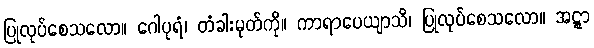
ပြုလုပ်စေသလော။ ဂေါပုရံ၊ တံခါးမုတ်ကို။ ကာရာပေယျာသိ၊ ပြုလုပ်စေသလော။ အဋ္ဋာ